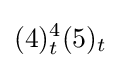
(4)_{t}^{4}(5)_{t}